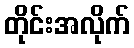
တိုင်းအလိုက်